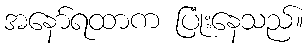
အနော်ရထာက ပြုံးနေသည်။